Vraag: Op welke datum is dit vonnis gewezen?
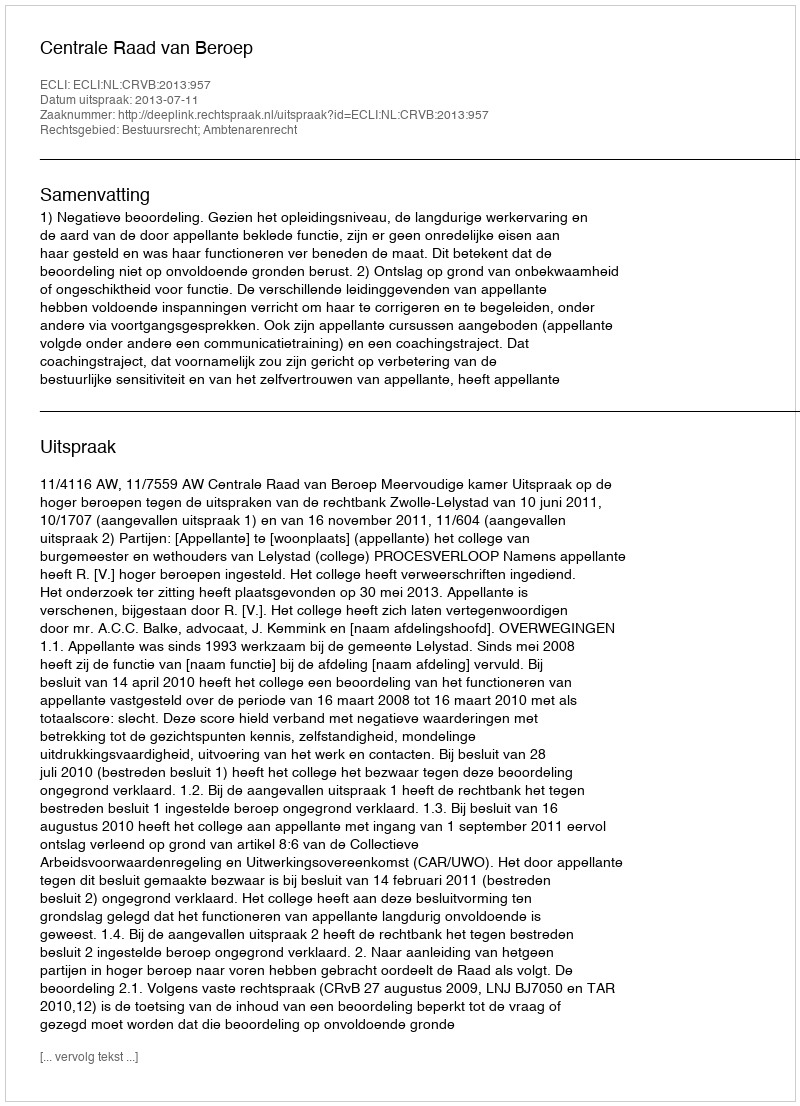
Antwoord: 2013-07-11